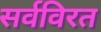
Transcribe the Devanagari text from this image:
सर्वविरत